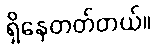
ရှိနေတတ်တယ်။